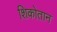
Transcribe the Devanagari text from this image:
शिकोतान